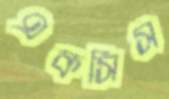
একসিস